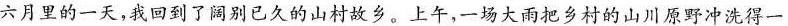
六月里的一天，我回到了阔别已久的山村故乡。上午，一场大雨把乡村的山川原野冲洗得一